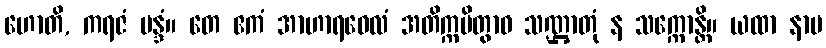
ဟောတိ, ကရဇံ မန္ဒံ။ တေ ဧကံ အာဟာရဝေလံ အတိက္ကမိတွာဝ သဏ္ဌာတုံ န သက္ကောန္တိ။ ယထာ နာမ